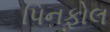
પિનફોલ